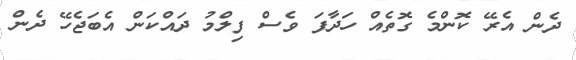
ދެން އެރޭ ކޮންމެ ގޮތެއް ހަދާފަ ވެސް ފިލްމު ދައްކަން އެބަޖެހޭ ދެން